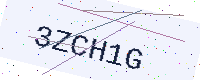
Text: 3ZCH1G